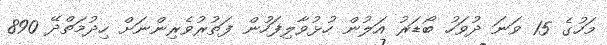
މަހުގެ 15 ވަނަ ދުވަހު ބޯޑަރު އަލުން ހުޅުވާލިފަހުން ފަތުރުވެރިންނަށް ހިދުމަތްދޭ 890